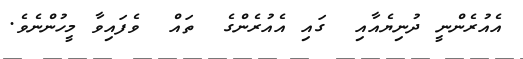
އެއުރެންނީ ދުނިޔެއާއި  ގައި އެއުރެންގެ  ތައް  ވެފައިވާ މީހުންނެވެ.